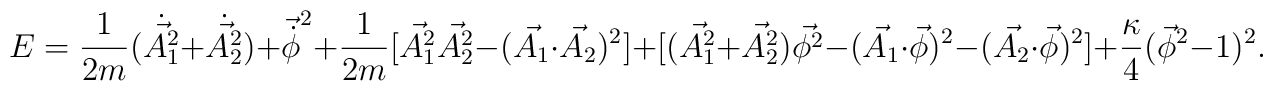
E=\frac{1}{2m}(\dot{\vec{A_{1}^{2}}}+\dot{\vec{A_{2}^{2}}})+ \vec{\dot{\phi}}^{2}+\frac{1}{2m}[\vec{A_{1}^{2}}\vec{A_{2}^{2}}-(\vec{A_{1}}\cdot\vec{A_{2}})^{2}]+[(\vec{A_{1}^{2}}+\vec{A_{2}^{2}})\vec{\phi^{2}}-(\vec{A_{1}}\cdot\vec{\phi})^{2}-(\vec{A_{2}}\cdot\vec{\phi})^{2}] +\frac{\kappa}{4}(\vec{\phi}^{2}-1)^{2}.